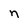
Character: n